Annual administration report of the Civil Veterinary Department of India - 1910-1911
Year: 1910
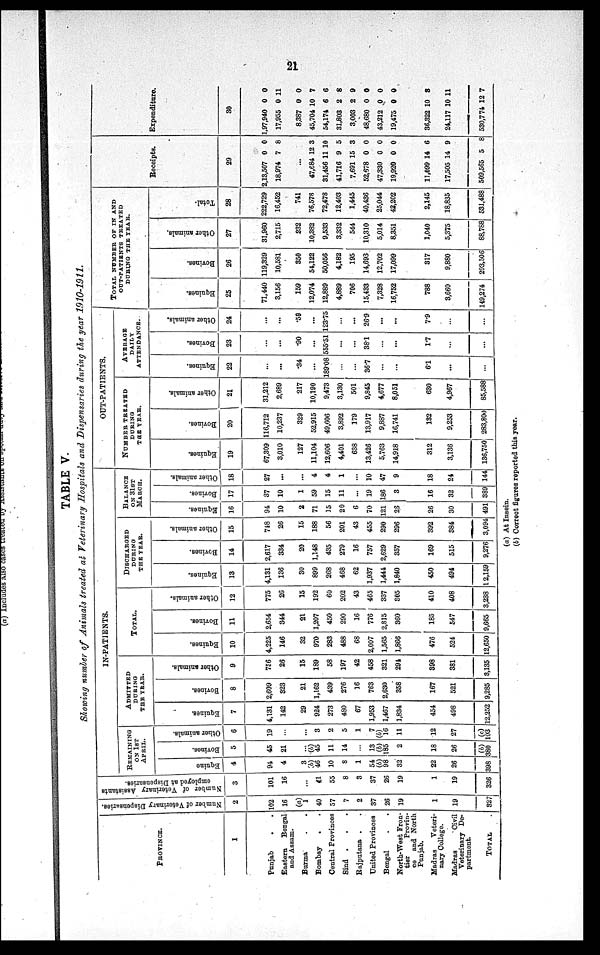
21
TABLE V.
Showing number of Animals treated at Veterinary Hospitals and Dispensaries during the year 1910-1911.
PROVINES.
1
Punjab . .
Eastern
Bengal
and Assam.
Burma . .
Bombay
. .
Central Provinces
Sind . . .
Rajputana . .
United Provinces
Bengal . .
North-West Fron-
tier
Provin-
ce and North
Punjab.
Madras
Veteri-
nary College.
Madras
Civil
Veterinary De-
partment.
TOTAL
Number of Veterinary Dispensuries.
2
102
16
(a)
1
40
57
7
2
37
26
19
1
19
327
Number of Veterinary Assistants
employed at Dispensaries.
3
101
16
...
41
55
8
3
37
26
19
1
19
326
IN-PATIENTS
REMAINING
ON 1ST
APRIL.
Equine
4
94
4
3
(b)
46
10
8
1
54
(b)
98
32
22
26
398
Bovines.
5
45
21
...
(b)
45
11
14
...
13
(b)
185
2
18
26
(b)
380
Other animals.
6
19
...
...
3
2
5
1
7
(b)
16
11
12
27
(c)
103
ADMITTED
DURING
THE YEAR.
Equines.
7
4,131
142
29
924
273
480
67
1,953
1,467
1,834
454
498
12,252
Bovines.
8
2,609
323
21
1,162
439
276
16
763
2,630
358
167
521
9,285
Other animals.
9
756
26
15
189
58
197
42
458
321
294
398
381
3,135
TOTAL.
Equines.
10
4,225
146
32
970
283
488
68
2,007
1,565
1,866
476
524
12,650
Bovines.
11
2,654
344
21
1,207
450
290
16
776
2,815
360
185
547
9,665
Other animals.
12
775
26
15
192
60
202
43
465
337
305
410
408
3,238
DISCHARGED
DURING
THE YEAR.
Equines.
13
4,131
136
30
899
268
468
62
1,937
1,444
1,840
450
494
12,159
Bovines.
14
2,617
334
20
1,148
435
279
16
757
2,629
357
169
515
9,276
Other animals.
15
748
26
15
188
56
201
43
455
290
296
392
384
3,094
BALANCE
ON 31ST
MARCH.
Equines.
16
94
10
2
71
15
20
6
70
121
26
26
30
491
Bovines.
17
37
10
1
59
15
11
...
19
186
3
16
32
389
Other animals.
18
27
...
...
4
4
1
...
10
47
9
18
24
144
OUT-PATIENTS
NUMBER TREATED
DURING
THE YEAR.
Equines.
19
67,309
3,010
127
11,104
12,606
4,401
638
13,426
5,763
14,918
312
3,136
136,750
Bovines.
20
116,712
10,237
329
52,915
49,606
3,892
179
13,917
9,887
16,741
132
9,253
283,800
Other animals.
21
31,212
2,689
217
10,190
9,473
3,130
501
9,845
4,677
8,051
630
4,967
85,588
AVERAGE
DAILY
ATTENDANCE.
Equines.
22
...
...
.34
...
189.08
...
...
36.7
...
...
6.1
...
...
Bovines.
23
...
...
.90
...
555.51
...
...
38.1
...
...
1.7
...
...
Other animals.
24
...
...
.59
...
123.75
...
...
26.9
...
...
7.9
...
...
TOTAL NUMBER OF IN AND
OUT-PATIENTS TREATED
DURING THE YEAR.
Equines.
25
71,440
3,156
159
12,074
12,889
4,889
706
15,433
7,328
16,752
788
3,660
149,274
Bovines.
26
119,329
10,581
350
54,122
50,056
4,182
195
14,693
12,702
17,099
317
9,880
293,506
Other animals.
27
31,960
2,715
232
10,382
9,533
3,332
544
10,310
5,014
8,351
1,040
5,375
88,788
Total.
28
222,729
16,452
741
76,578
72,478
12,403
1,445
40,436
25,044
42,202
2,145
18,835
531,488
Receipts.
29
2,13,507
18,974
...
47,684
31,456
41,716
7,691
52,678
47,330
19,920
11,099
17,505
509,565
0
7
12
11
9
15
0
0
0
14
14
5
0
8
3
10
5
3
0
0
0
6
9
8
Expenditure.
30
1,97,940
17,955
8,387
45,704
54,174
31,803
3,003
48,680
43,212
19,475
36,322
24,117
530,774
0
0
0
10
6
2
2
0
0
0
10
10
12
0
11
0
7
6
8
9
0
0
0
8
11
7
(a) At Insein.
(b) Correct figures reported this year.